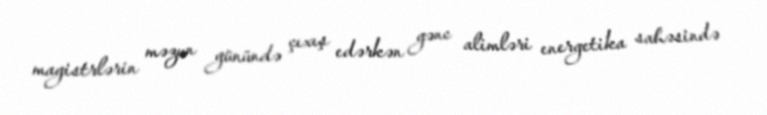
magistrlərin məzun günündə çıxış edərkən gənc alimləri energetika sahəsində